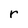
Character: r